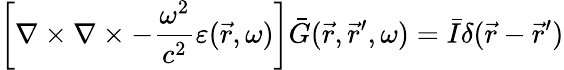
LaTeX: \left[\nabla\times\nabla\times-\frac{\omega^{2}}{c^{2}}\varepsilon(\vec{r},\omega)\right]\bar{G}(\vec{r},\vec{r}^{\prime},\omega)=\bar{I}\delta(\vec{r}-\vec{r}^{\prime})